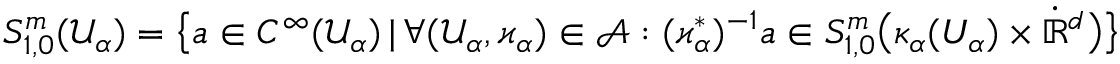
S _ { 1 , 0 } ^ { m } ( \mathcal { U } _ { \alpha } ) = \big \{ a \in C ^ { \infty } ( \mathcal { U } _ { \alpha } ) \, | \, \forall ( \mathcal { U } _ { \alpha } , \varkappa _ { \alpha } ) \in \mathcal { A } : ( \varkappa _ { \alpha } ^ { * } ) ^ { - 1 } a \in S _ { 1 , 0 } ^ { m } \big ( \kappa _ { \alpha } ( U _ { \alpha } ) \times \dot { \mathbb { R } } ^ { d } \big ) \big \}